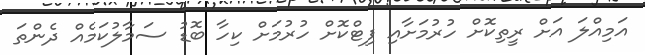
އަމިއްލަ އަށް ރީތިކޮށް ހުރުމަށާއި ފިޓްކޮށް ހުރުމަށް ކިހާ ބޮޑު ސަމާލުކަމެއް ދެންތަ